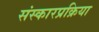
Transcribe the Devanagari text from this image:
संस्कारप्रक्रिया